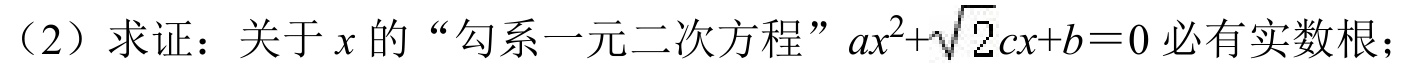
（2）求证：关于 \(x\) 的“勾系一元二次方程”\(ax^{2}+\sqrt{2}cx + b = 0\) 必有实数根；